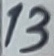
Text: 13